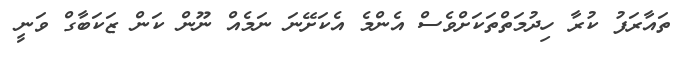
ތައާރަފު ކުރާ ހިދުމަތްތަކަށްވެސް އެންމެ އެކަށޭނަ ނަމެއް ނޫން ކަން ޒަކަބާގް ވަނީ